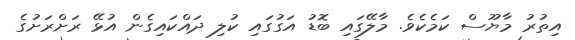
އިތުރު މާޔޫސް ކަމެކެވެ. މާލޭގައި ބޮޑު އަގުގައި ކުލި ދައްކައިގެން އުޅޭ ރަށްރަށުގެ